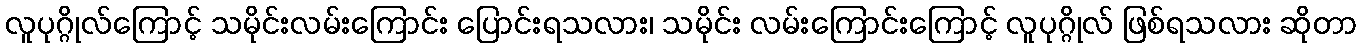
လူပုဂ္ဂိုလ်ကြောင့် သမိုင်းလမ်းကြောင်း ပြောင်းရသလား၊ သမိုင်း လမ်းကြောင်းကြောင့် လူပုဂ္ဂိုလ် ဖြစ်ရသလား ဆိုတာ